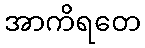
အာကိရတေ